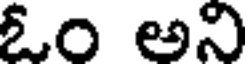
ఓం అని